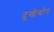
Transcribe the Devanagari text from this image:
दुखेबोर